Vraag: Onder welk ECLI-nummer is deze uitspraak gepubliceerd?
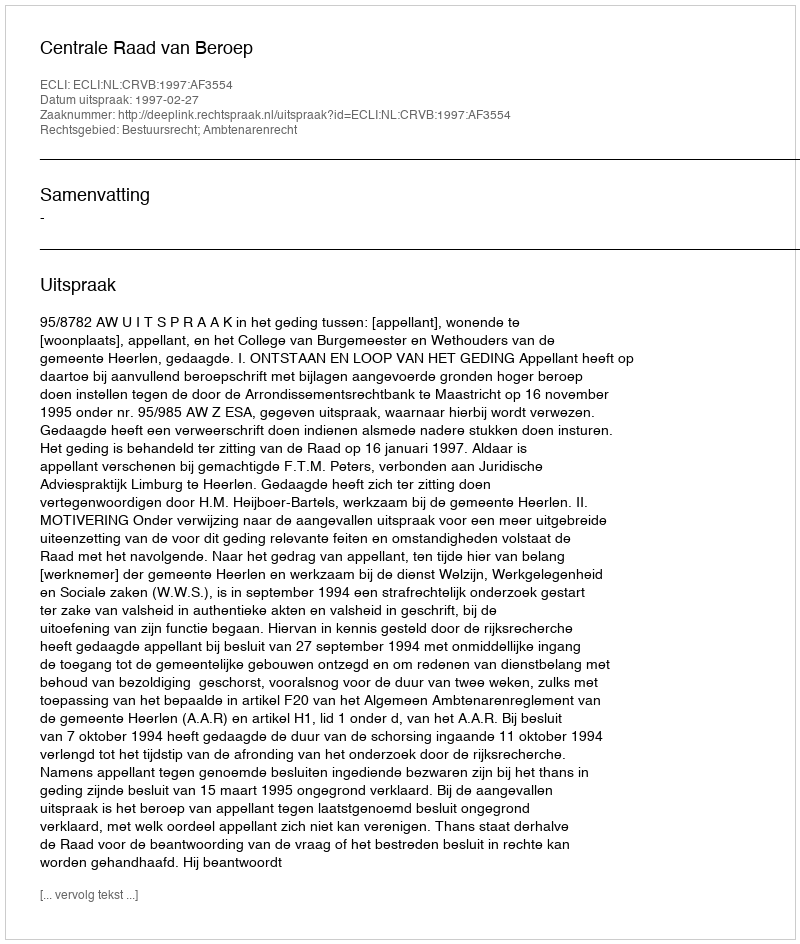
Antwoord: ECLI:NL:CRVB:1997:AF3554